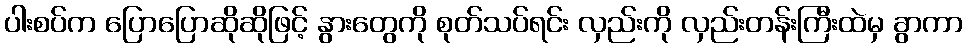
ပါးစပ်က ပြောပြောဆိုဆိုဖြင့် နွားတွေကို စုတ်သပ်ရင်း လှည်းကို လှည်းတန်းကြီးထဲမှ ခွာကာ